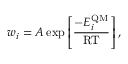
w _ { i } = A \exp \left[ \frac { - E _ { i } ^ { \mathrm { Q M } } } { \mathrm { R T } } \right] ,